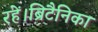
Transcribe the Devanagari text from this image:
रहें।ब्रिटैनिका